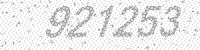
Solution: 921253